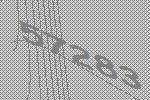
57283